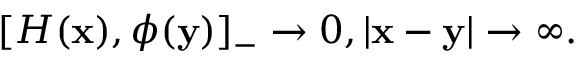
[ { \cal H } ( { \bf x } ) , \phi ( { \bf y } ) ] _ { - } \rightarrow 0 , | { \bf x } - { \bf y } | \rightarrow \infty .